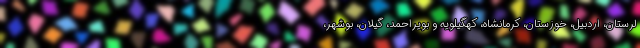
لرستان، اردبیل، خوزستان، کرمانشاه، کهگیلویه و بویراحمد، گیلان، بوشهر،